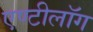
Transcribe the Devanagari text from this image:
एण्टीलॉग